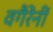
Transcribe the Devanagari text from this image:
वगैरेंनीं